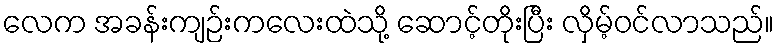
လေက အခန်းကျဉ်းကလေးထဲသို့ ဆောင့်တိုးပြီး လှိမ့်ဝင်လာသည်။